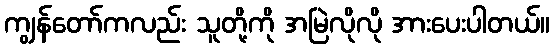
ကျွန်တော်ကလည်း သူတို့ကို အမြဲလိုလို အားပေးပါတယ်။